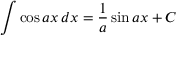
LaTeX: \int \cos a x \, d x = { \frac { 1 } { a } } \sin a x + C